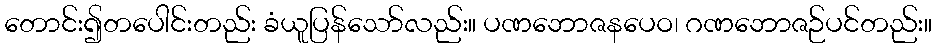
တောင်း၍တပေါင်းတည်း ခံယူပြန်သော်လည်း။ ပဏဘောဇနပေဝ၊ ဂဏဘောဇဉ်ပင်တည်း။